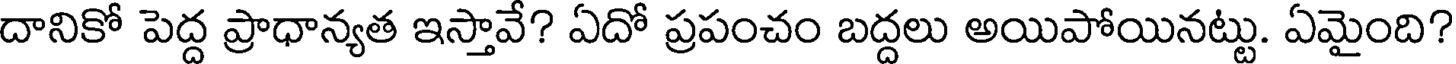
దానికో పెద్ద ప్రాధాన్యత ఇస్తావే? ఏదో ప్రపంచం బద్దలు అయిపోయినట్టు. ఏమైంది?